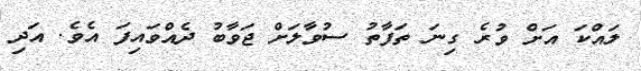
ލައްކަ އަށް ވުރެ ގިނަ ތަފާތު ސުވާލަށް ޖަވާބު ދެއްވައިފަ އެވެ. އަދި